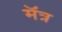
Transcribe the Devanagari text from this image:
मॅत्र